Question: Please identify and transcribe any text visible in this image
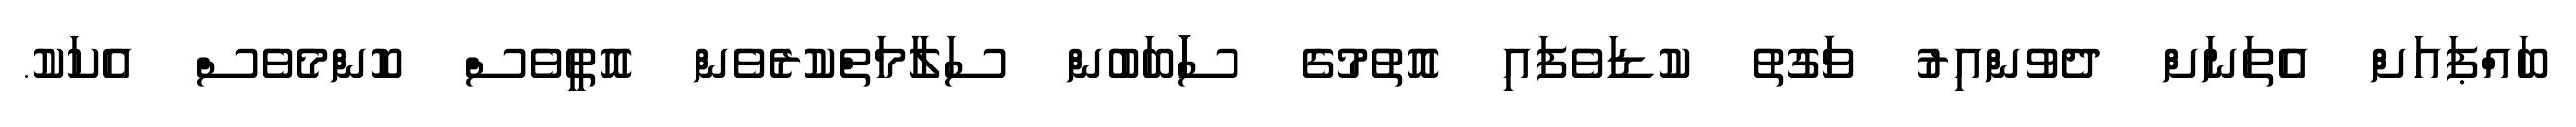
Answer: ބައްޕައަށް އެތަނަށް ދެވުންއިރު ވަަގުތު ކުޑަވެފައި އޮތުމުގެ ސަަަަަަަަަަަަަަަަަަބަބުން ސަލާމަތްކުރެވެން އޮތީވެސް ކޮންމެވެސް އެކަކު.